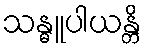
သန္ဓူပါယန္တိ